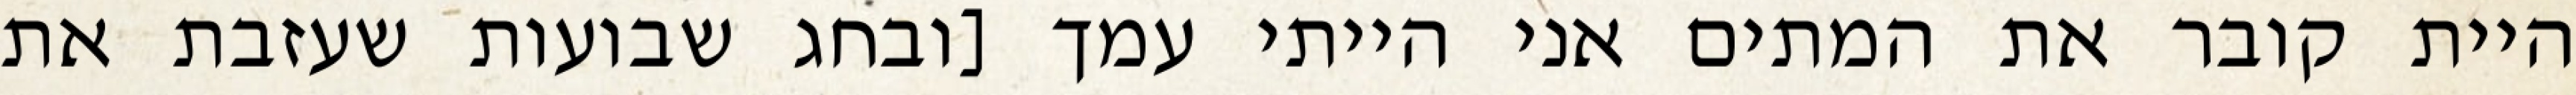
היית קובר את המתים אני הייתי עמך [ובחג שבועות שעזבת את